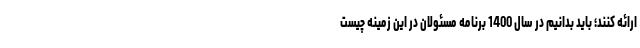
ارائه کنند؛ باید بدانیم در سال 1400 برنامه مسئولان در این زمینه چیست